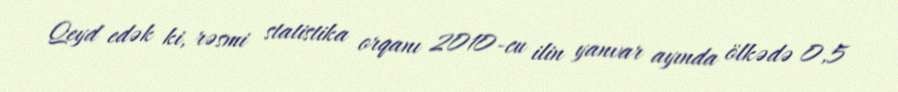
Qeyd edək ki, rəsmi statistika orqanı 2010-cu ilin yanvar ayında ölkədə 0,5